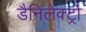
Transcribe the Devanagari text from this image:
डैनिलेक्ट्रो